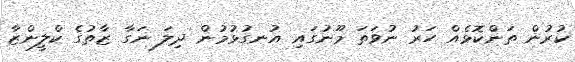
ކުރުން ތަންކޮޅެއް ހަރު ނުވަތަ މޫނުގައި އުނގުޅުމުން ދިލަ ނަގާ ޒާތުގެ ކްލީންޒާ